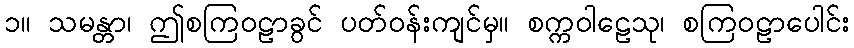
၁။ သမန္တာ၊ ဤစကြဝဠာခွင် ပတ်ဝန်းကျင်မှ။ စက္ကဝါဠေသု၊ စကြဝဠာပေါင်း